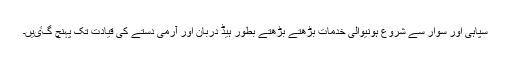
سپاہی اور سوار سے شروع ہونیوالی خدمات بڑھتے بڑھتے بطور ہیڈ دربان اور آرمی دستے کی قیادت تک پہنچ گٸیں۔